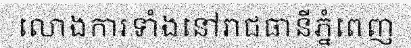
លោងការទាំងនៅរាជធានីភ្នំពេញ